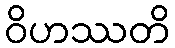
ဝိဟဿတိ